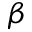
\boldsymbol { \beta }